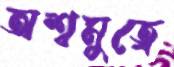
অশ্বমুত্রে